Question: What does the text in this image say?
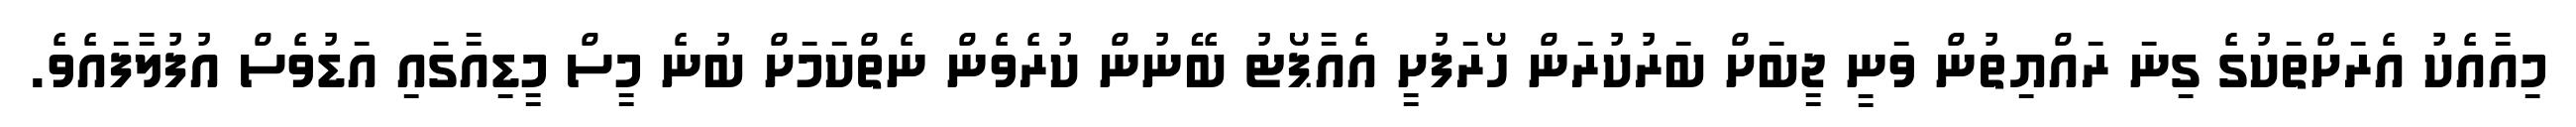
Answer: މިއާއެކު އެރަށްތަކުގެ ގިނަ ރައްޔިތުން ވަނީ ޖީބަށް ބަރުކުރަން ހޯރަފުށީ އެއާޕޯޓު ބޭނުން ކުރެވެން ނެތްކަމަށް ބުނެ މީސް މީޑިއާގައި އަޑުވެސް އުފުލާފައެވެ.